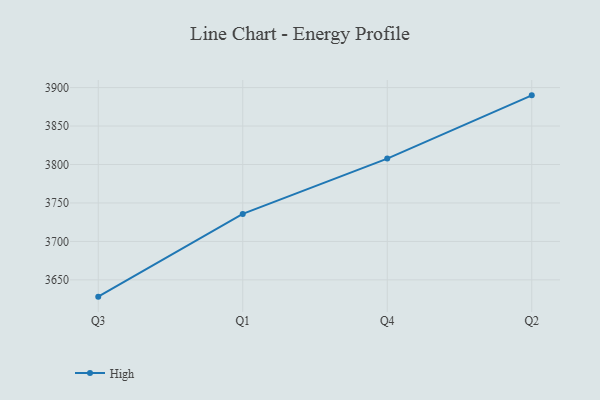
{"axis": {"x": "Quarter", "y": "Satisfaction Score"}, "legend": ["High"], "data": [{"x": "Q3", "y": 3628.2, "type": "High"}, {"x": "Q1", "y": 3735.8, "type": "High"}, {"x": "Q4", "y": 3807.7, "type": "High"}, {"x": "Q2", "y": 3889.9, "type": "High"}]}